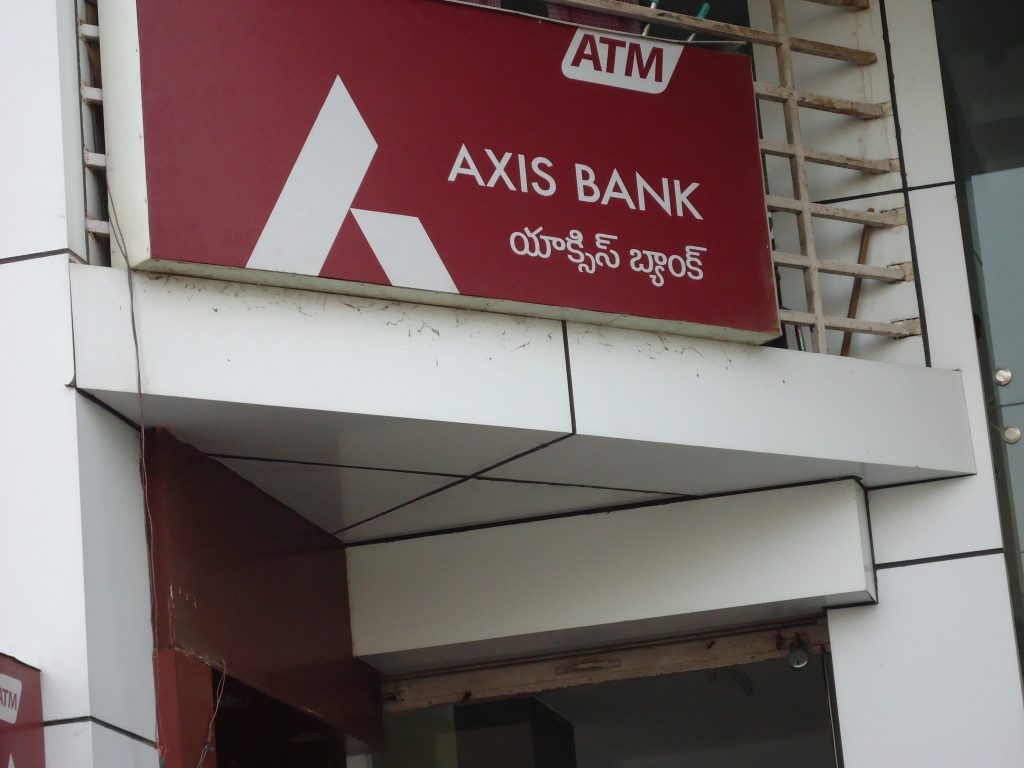
Language: telugu
Transcription: యాక్సిస్ బ్యాంక్